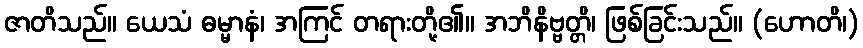
ဇာတိသည်။ ယေသံ ဓမ္မာနံ၊ အကြင် တရားတို့၏။ အဘိနိဗ္ဗတ္တိ၊ ဖြစ်ခြင်းသည်။ (ဟောတိ၊)